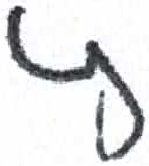
אות: ץ